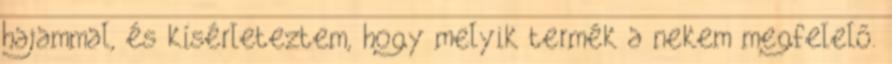
hajammal, és kísérleteztem, hogy melyik termék a nekem megfelelő.